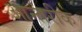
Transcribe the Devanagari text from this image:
आन्तरीक